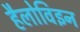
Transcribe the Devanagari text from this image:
हैलोविइन